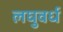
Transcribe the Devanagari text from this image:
लघुवर्ध